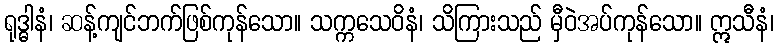
ရုဒ္ဓါနံ၊ ဆန့်ကျင်ဘက်ဖြစ်ကုန်သော။ သက္ကသေဝိနံ၊ သိကြားသည် မှီဝဲအပ်ကုန်သော။ ဣသီနံ၊